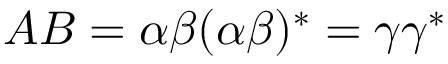
A B = \alpha \beta ( \alpha \beta ) ^ { * } = \gamma \gamma ^ { * }